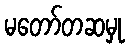
မတော်တဆမှု